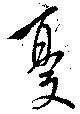
憂